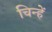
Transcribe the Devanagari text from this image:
चिन्हें